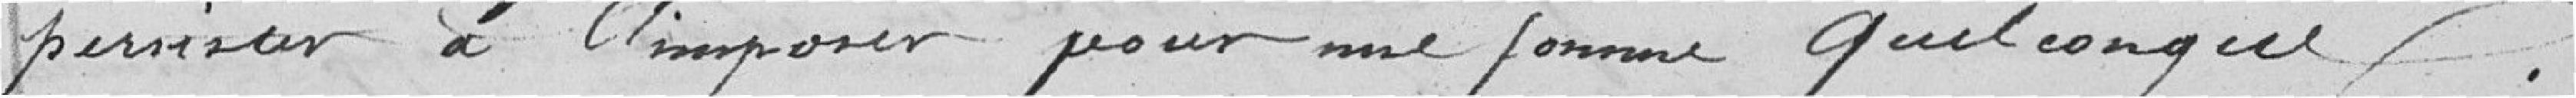
persister à l'imposer pour une somme quelconque